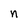
Character: n